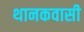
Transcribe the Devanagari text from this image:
थानकवासी